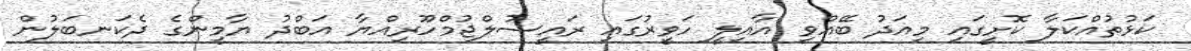
ކަޅުތުއްކަލާ ކޮށީގައި މިއަދު ބޭއްވި އާއިލީ ހަވީރުގައި ރައީސުލްޖުމްހޫރިއްޔާ އަބްދު ޔާމީންގެ ދެކަނބަލުން